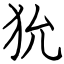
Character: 狁